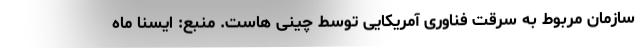
سازمان مربوط به سرقت فناوری آمریکایی توسط چینی هاست. منبع: ایسنا ماه